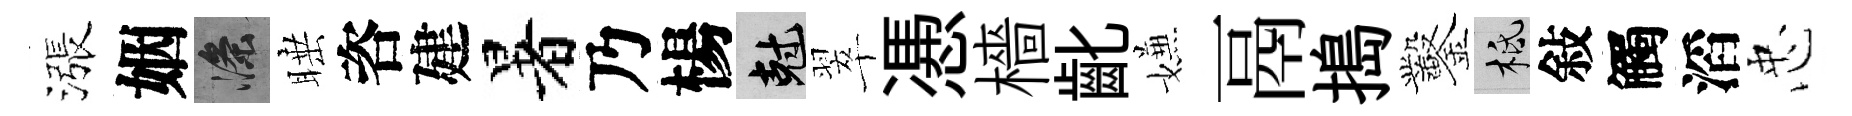
漲姻滌睡咨建暑乃楊剋翠慿檣齔嫌鬲搗鑿柢敍觸滔忠